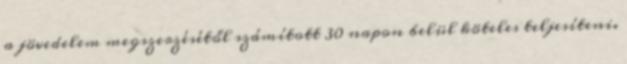
a jövedelem megszerzésétől számított 30 napon belül köteles teljesíteni.